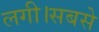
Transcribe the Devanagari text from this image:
लगी।सबसे